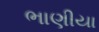
ભાણીયા